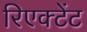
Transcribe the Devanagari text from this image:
रिएक्टेंट